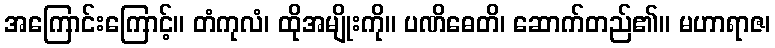
အကြောင်းကြောင့်။ တံကုလံ၊ ထိုအမျိုးကို။ ပဏိဓေတိ၊ ဆောက်တည်၏။ မဟာရာဇ၊